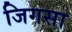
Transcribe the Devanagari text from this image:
जिगसा